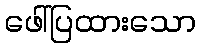
ဖေါ်ပြထားသော